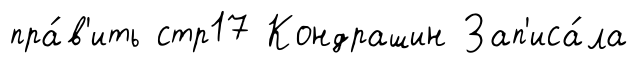
пра́в'ить стр17 Кондрашин Зап'иса́ла